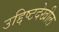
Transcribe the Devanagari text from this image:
उद्दिष्टदेखील